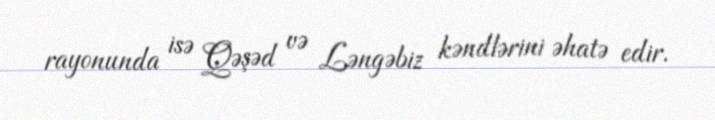
rayonunda isə Qəşəd və Ləngəbiz kəndlərini əhatə edir.